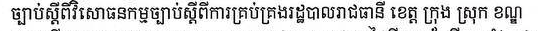
ច្បាប់ស្ដីពីវិសោធនកម្មច្បាប់ស្ដីពីការគ្រប់គ្រងរដ្ឋបាលរាជធានី ខេត្ត ក្រុង ស្រុក ខណ្ឌ